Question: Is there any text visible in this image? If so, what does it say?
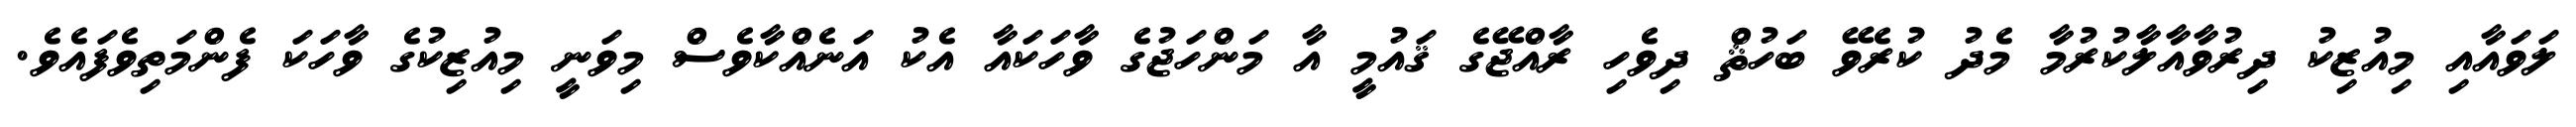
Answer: ލަވައާއި މިއުޒިކު ދިރުވާއާލާކުރުމާ މެދު ކުރެވޭ ބަހުޘް ދިވެހި ރާއްޖޭގެ ޤައުމީ އާ މަންހަޖުގެ ވާހަކައާ އެކު އަނެއްކާވެސް މިވަނީ މިއުޒިކުގެ ވާހަކަ ފެންމަތިވެފައެވެ.